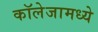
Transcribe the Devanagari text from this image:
कॉलेजामध्ये